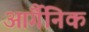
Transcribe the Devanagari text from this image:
आंर्गैनिक